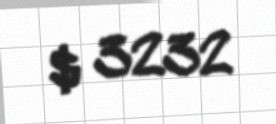
$ 3232